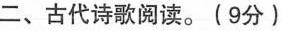
二、古代诗歌阅读。(9分)